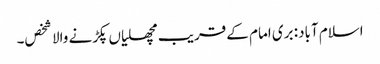
اسلام آباد: بری امام کے قریب مچھلیاں پکڑنے والا شخص۔